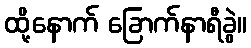
ထို့နောက် ခြောက်နာရီခွဲ။